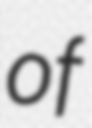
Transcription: of